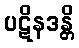
ပဋိနဒန္တိ